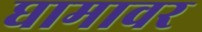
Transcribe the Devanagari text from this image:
घामावर